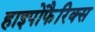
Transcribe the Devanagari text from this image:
हाइपोफैरिक्स